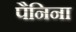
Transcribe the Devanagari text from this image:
पैनिना